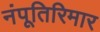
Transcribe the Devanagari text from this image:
नंपूतिरिमार